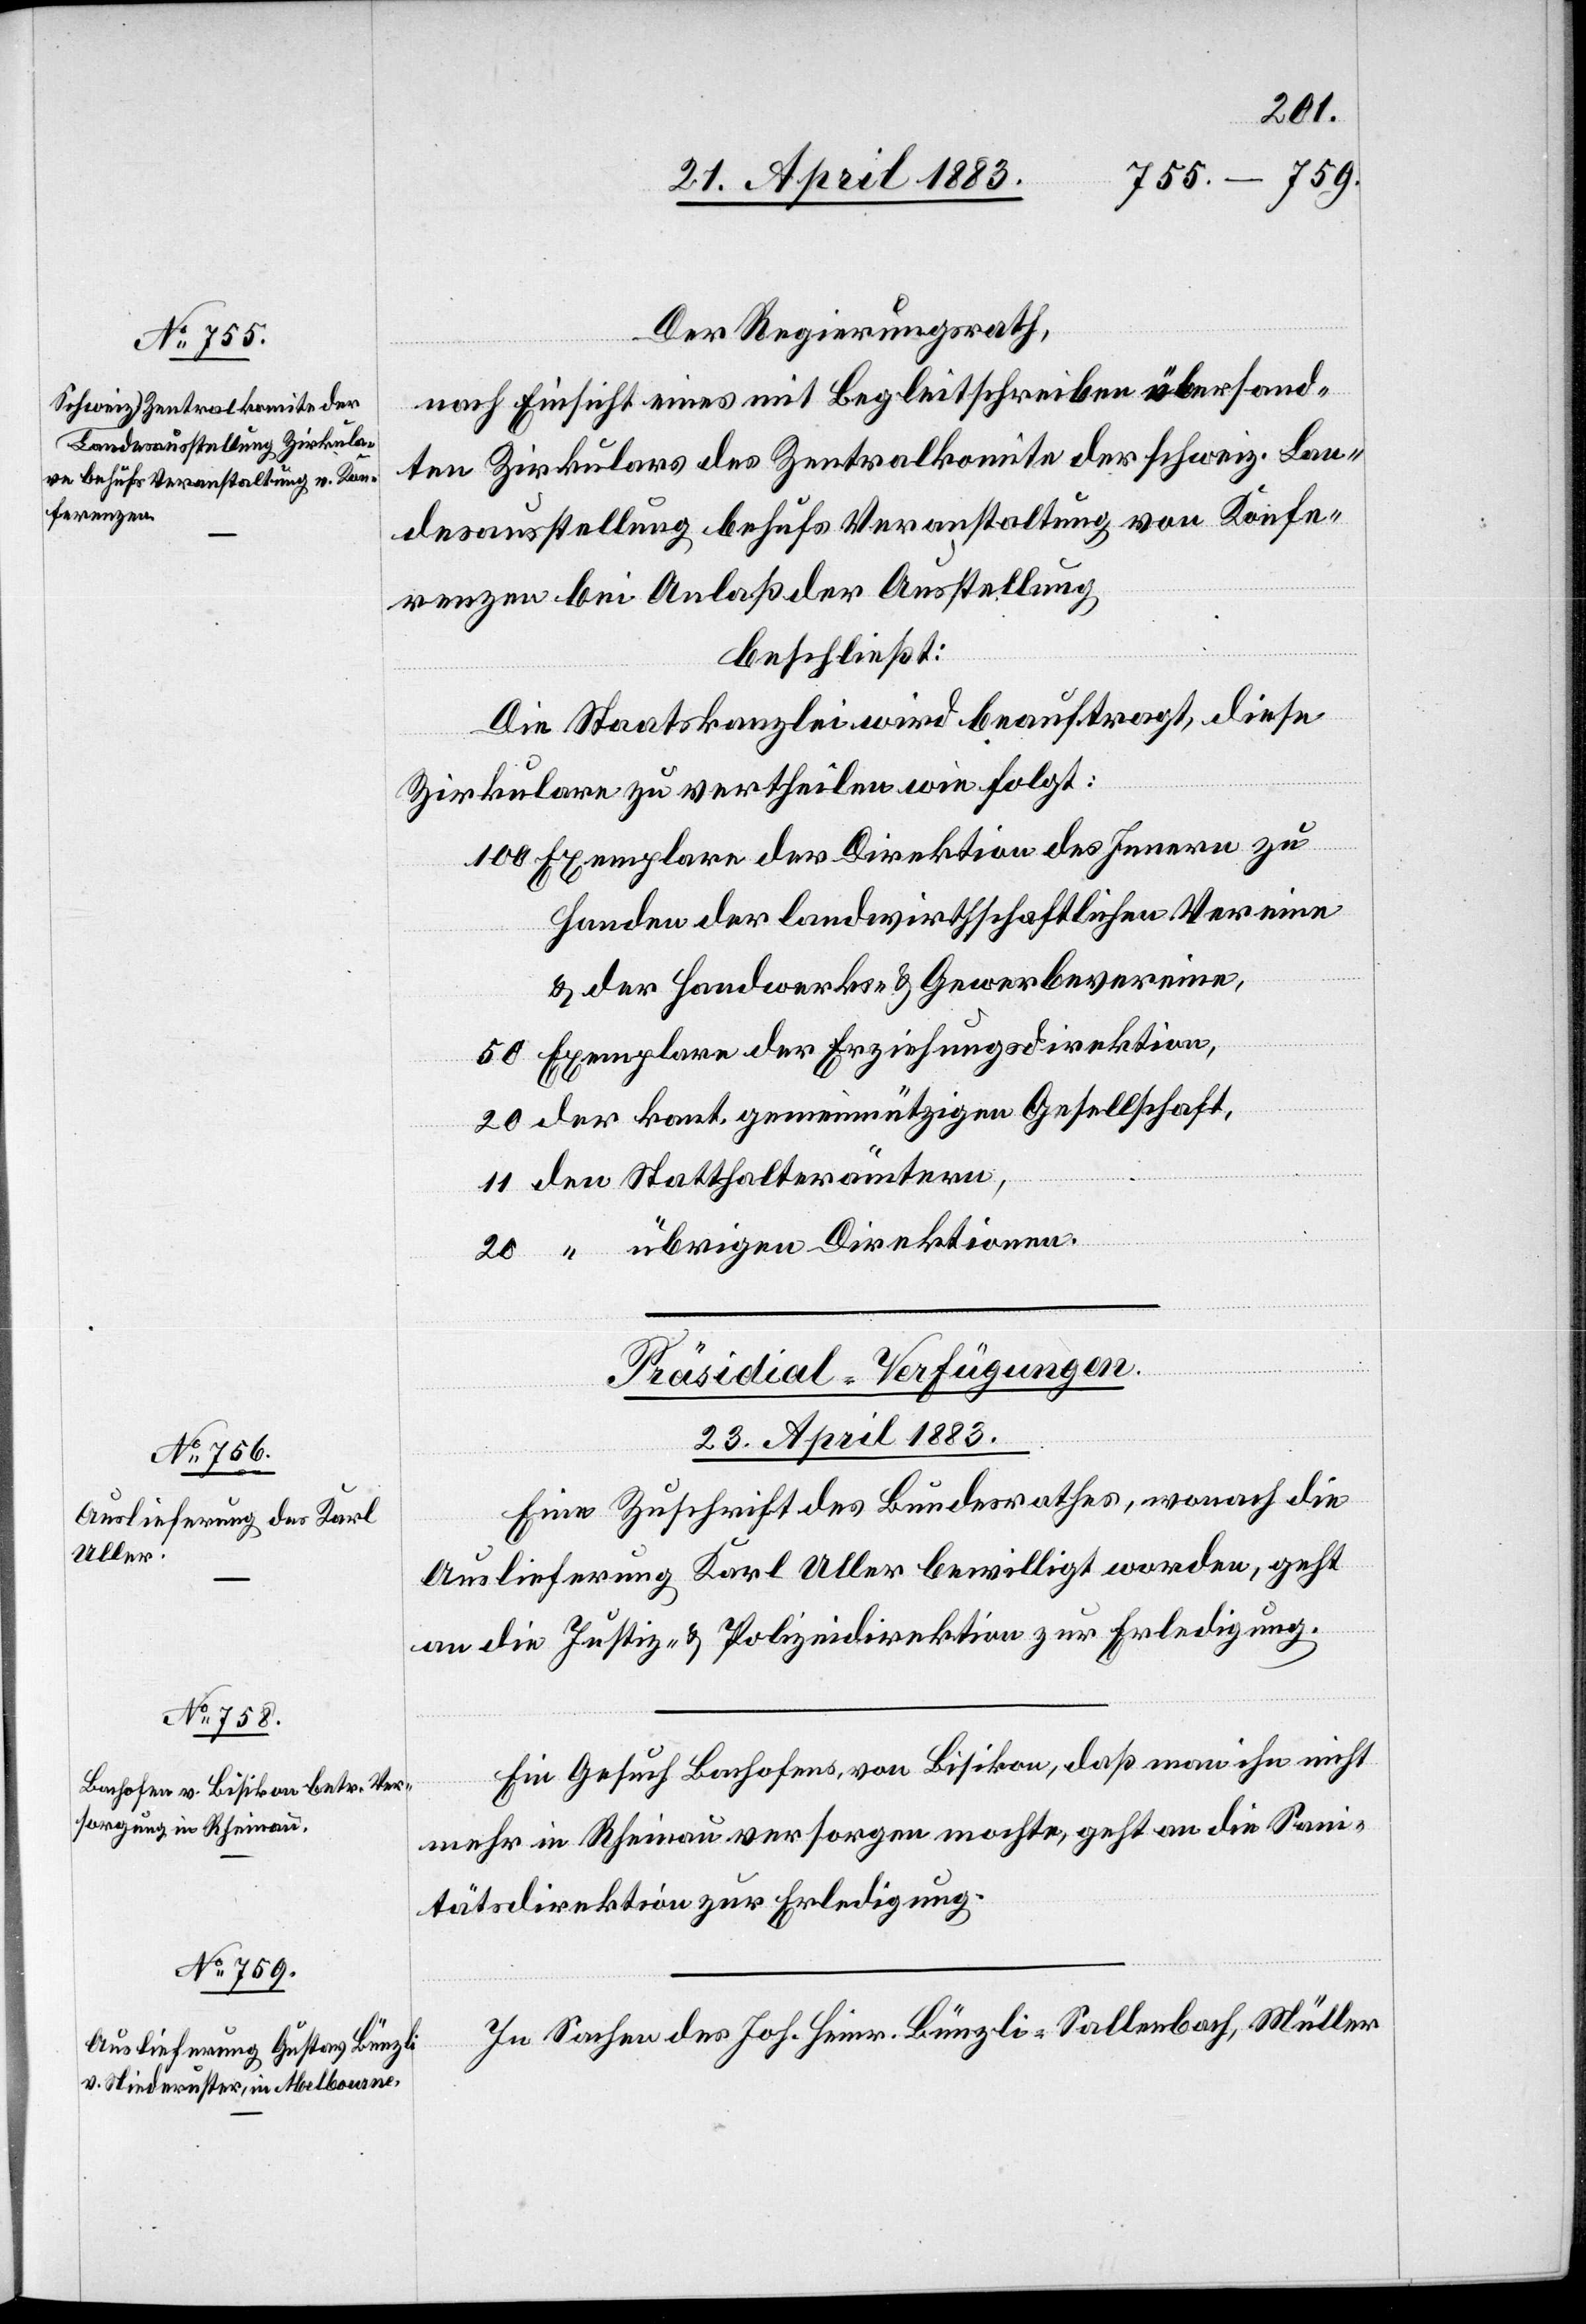
Der Regierungsrath,
nach Einsicht eines mit Begleitschreiben übersand¬
ten Zirkulars des Zentralkomite der schweiz. Lan¬
desausstellung behufs Veranstaltung von Konfe¬
renzen bei Anlaß der Ausstellung
beschließt:
Die Staatskanzlei wird beauftragt, diese
Zirkulare zu vertheilen wie folgt:
100 Exemplare der Direktion des Innern zu
Handen der landwirthschaftlichen Vereine
& der Handwerks- & Gewerbevereine,
50 Exemplare der Erziehungsdirektion,
20 der kant. gemeinnützigen Gesellschaft,
11 den Statthalterämtern,
20 “ übrigen Direktionen.
[Präsidial-Verfügungen.
23. April 1883.]
Eine Zuschrift des Bundesrathes, wonach die
Auslieferung Karl Uller bewilligt worden, geht
an die Justiz- & Polizeidirektion zur Erledigung.
Ein Gesuch Bachofens, von Bisikon, daß man ihn nicht
mehr in Rheinau versorgen mochte, geht an die San¬
itätsdirektion zur Erledigung.
In Sachen des Joh. Heinr. Bünzli-Sallenbach, Müller